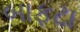
બાફટા